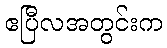
ဧပြီလအတွင်းက